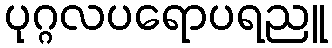
ပုဂ္ဂလပရောပရညူ